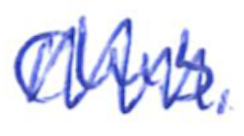
Text: Club,
Cross-out: zig-zag
Writing tool: ballpoint